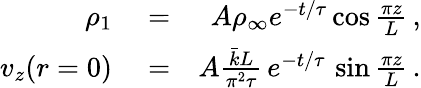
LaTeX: \begin{array}{rlr}{\rho_{1}}&{{}=}&{A\rho_{\infty}e^{-t/\tau}\cos\frac{\pi z}{L}\, ,}\\ {v_{z}(r=0)}&{{}=}&{A\frac{\bar{k}L}{\pi^{2}\tau}\, e^{-t/\tau}\, \sin\frac{\pi z}{L}\, .}\end{array}